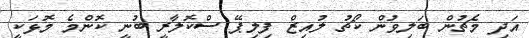
އަދި މެޗުން ބަލިވުން ކޯޗު ލުއިޒް ފިލިޕޭ ސްކޮލާރީ ބުނީ ކޮންމެ މޮޅަކީ